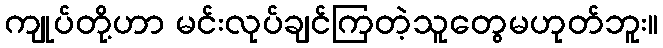
ကျုပ်တို့ဟာ မင်းလုပ်ချင်ကြတဲ့သူတွေမဟုတ်ဘူး။